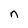
Character: n